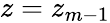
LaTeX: z=z_{m-1}